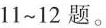
11~12题。